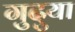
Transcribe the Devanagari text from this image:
गुदुया